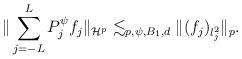
LaTeX: \begin{align*}\| \sum_{j=-L}^L P_j^{\psi} f_j \|_{\mathcal H^p} \lesssim_{p,\psi, B_1,d} \| (f_j)_{l_j^2} \|_p.\end{align*}